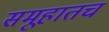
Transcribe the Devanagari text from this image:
समूहातच